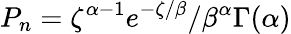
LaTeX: P_{n}={\zeta^{\alpha-1}e^{-\zeta/\beta}/\beta^{\alpha}\Gamma(\alpha)}